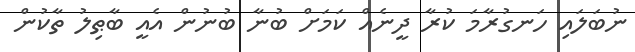
ނުބަލައި ހަނގުރާމަ ކުރާ ދީނެއް ކަމަށް ބުނާ ބުނުން އެއީ ބާޠިލު ތާކުން